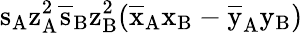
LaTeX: \mathrm{s_{A}\mathrm{z_{A}^{2}\mathrm{\overline{{s}}_{B}\mathrm{z_{B}^{2}(\mathrm{\overline{{x}}_{A}\mathrm{x_{B}-\mathrm{\overline{{y}}_{A}\mathrm{y_{B})}}}}}}}}